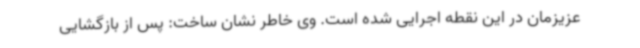
عزیزمان در این نقطه اجرایی شده است. وی خاطر نشان ساخت: پس از بازگشایی